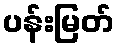
ပန်းမြတ်